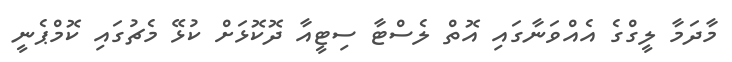
މާދަމާ ލީގްގެ އެއްވަނާގައި އޮތް ލެސްޓާ ސިޓީއާ ދޮކޮޅަށް ކުޅޭ މެޗުގައި ކޮމްޕެނީ